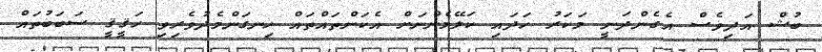
ބުޝް އަދިވެސް އެގެންދަނީ މަކަރު ހަދައި ކަލޭމެންނަށް އެކަންތައްތައް ހިނގަންމެދުވެރިވި ހަޤީޤީ ސަބަބުތައް